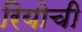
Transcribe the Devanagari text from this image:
रियोची